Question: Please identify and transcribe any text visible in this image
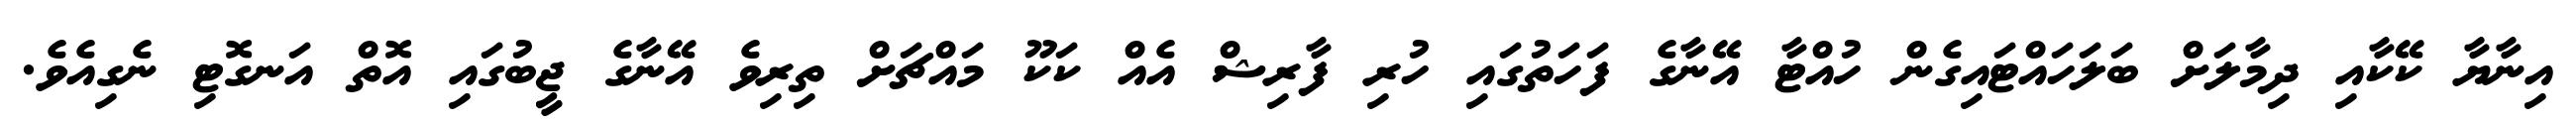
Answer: އިނާޔާ ކޭކާއި ދިމާލަށް ބަލަހައްޓައިގެން ހުއްޓާ އޭނާގެ ފަހަތުގައި ހުރި ފާރިޝް އެއް ކަކޫ މައްޗަށް ތިރިވެ އޭނާގެ ޖީބުގައި އޮތް އަނގޮޓި ނެގިއެވެ.